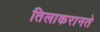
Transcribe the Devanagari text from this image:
तिलाकरानते